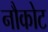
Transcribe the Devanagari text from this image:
नौकोट